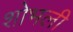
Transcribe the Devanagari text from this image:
शोभली